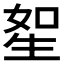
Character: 𤯥